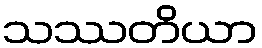
သဿတိယာ